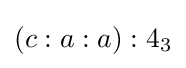
(c:a:a):4_{3}